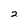
Character: 2